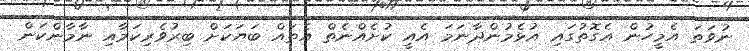
ނުވަތަ އެމީހުން އެގޮތުގައި އުޅެމުންދާނަމަ އެއީ ކުށެއްނެތް އެތައް ބަޔަކަށް ބިރުވެރިކަމާއި ނާމާންކަން